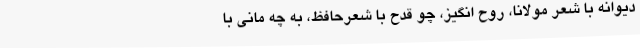
دیوانه با شعر مولانا، روح انگیز، چو قدح با شعرحافظ، به چه مانی با